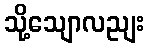
သို့သျောလညျး